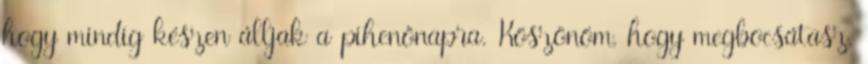
hogy mindig készen álljak a pihenőnapra. Köszönöm, hogy megbocsátasz,